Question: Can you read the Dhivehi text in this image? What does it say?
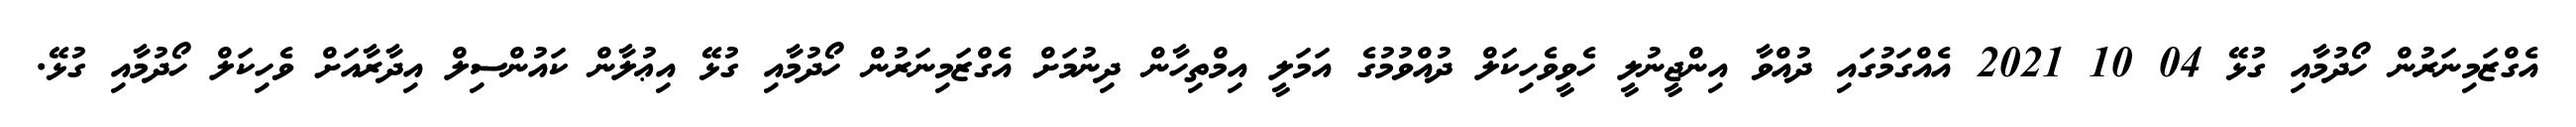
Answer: އެގްޒަމިނަރުން ހޯދުމާއި ގުޅޭ 04 10 2021 އެއްގަމުގައި ދުއްވާ އިންޖީނުލީ ހެވީވެހިކަލް ދުއްވުމުގެ އަމަލީ އިމްތިހާން ދިނުމަށް އެގްޒަމިނަރުން ހޯދުމާއި ގުޅޭ އިޢުލާން ކައުންސިލް އިދާރާއަށް ވެހިކަލް ހޯދުމާއި ގުޅޭ.